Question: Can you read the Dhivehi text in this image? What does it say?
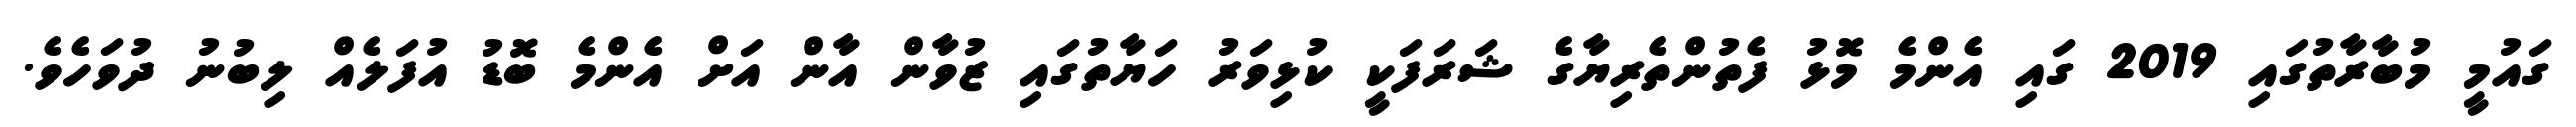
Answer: ގައުމީ މުބާރާތުގައި 2019 ގައި އެންމެ މޮޅު ފެތުންތެރިޔާގެ ޝަރަފަކީ ކުޅިވަރު ހަޔާތުގައި ޒުވާން އާން އަށް އެންމެ ބޮޑު އުފަލެއް ލިބުނު ދުވަހެވެ.